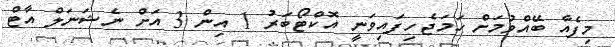
މިފެއާ ބޭއްވުމަށް ހަމަޖެހިފައިވަނީ އޮކްޓޯބަރު 1 އިން 3 އަށް ނެޝަނަލް އާޓް